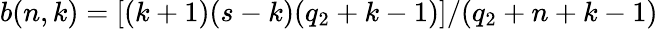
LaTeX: b(n,k)=[(k+1)(s-k)(q_{2}+k-1)]/(q_{2}+n+k-1)